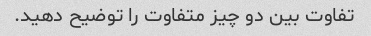
تفاوت بین دو چیز متفاوت را توضیح دهید.